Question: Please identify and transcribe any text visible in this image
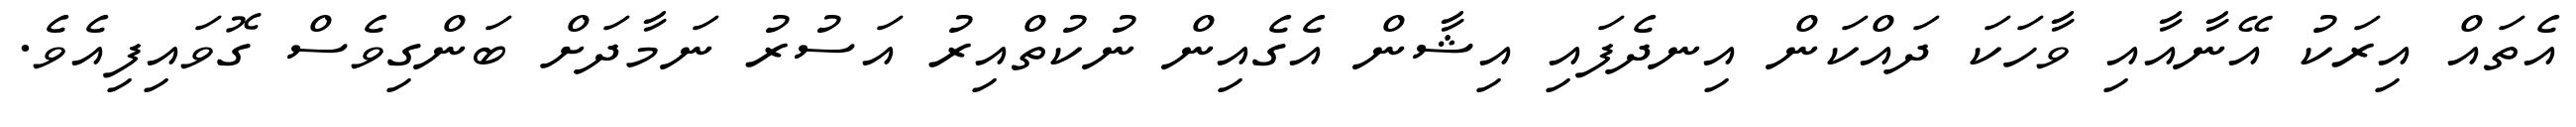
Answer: އެތައް އިރަކު އޭނާއާއި ވާހަކަ ދައްކަން އިނދެފައި އިޝާން އެގެއިން ނުކުތްއިރު އަސުރު ނަމާދަށް ބަންގިވެސް ގޮވައިފިއެވެ.